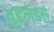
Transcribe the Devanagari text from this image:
वुडलँडस्